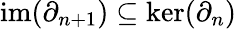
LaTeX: \mathrm{im}(\partial_{n+1})\subseteq\ker(\partial_{n})